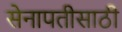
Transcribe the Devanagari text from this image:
सेनापतीसाठी